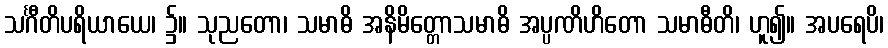
သင်္ဂီတိပရိယာယေ၊ ၌။ သုညတော၊ သမာဓိ အနိမိတ္တောသမာဓိ အပ္ပဏိဟိတော သမာဓီတိ၊ ဟူ၍။ အပရေပိ၊